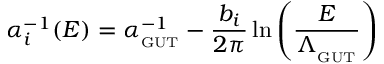
\alpha _ { i } ^ { - 1 } ( E ) = \alpha _ { _ \mathrm { G U T } } ^ { - 1 } - \frac { b _ { i } } { 2 \pi } \ln \left( \frac { E } { \Lambda _ { _ \mathrm { G U T } } } \right)